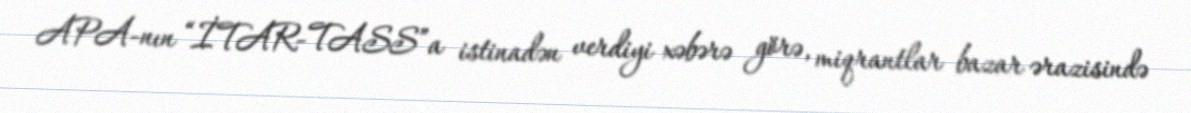
APA-nın “İTAR-TASS”a istinadən verdiyi xəbərə görə, miqrantlar bazar ərazisində